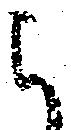
被